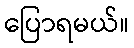
ပြောရမယ်။